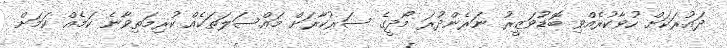
ދައުރަކަށް ހުވާކުރެއްވި ބޮޑުވަޒީރު ނަރެންދުރަ މޯދީގެ ސަރުކާރަށް މައްސަލަތަކެއް ކުރިމަތިވާނެ ކަމެއް ކަމަށް